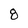
Character: 8